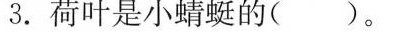
3. 荷叶是小蜻蜓的() 。